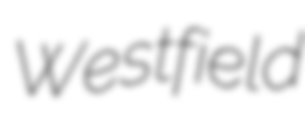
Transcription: Westfield